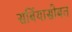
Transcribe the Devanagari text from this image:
सर्बियासोबत